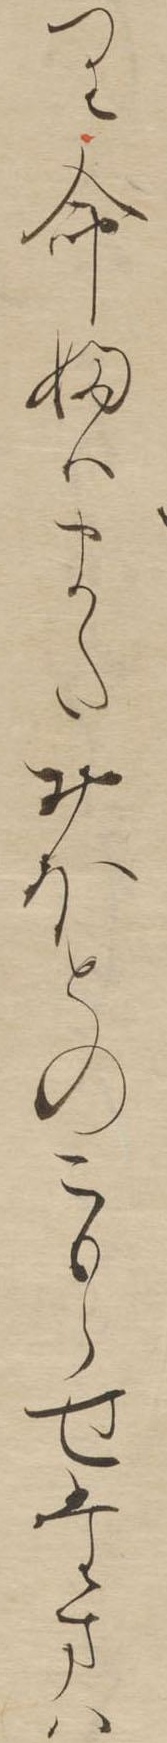
り命婦はまたおほとのこもらせたまは